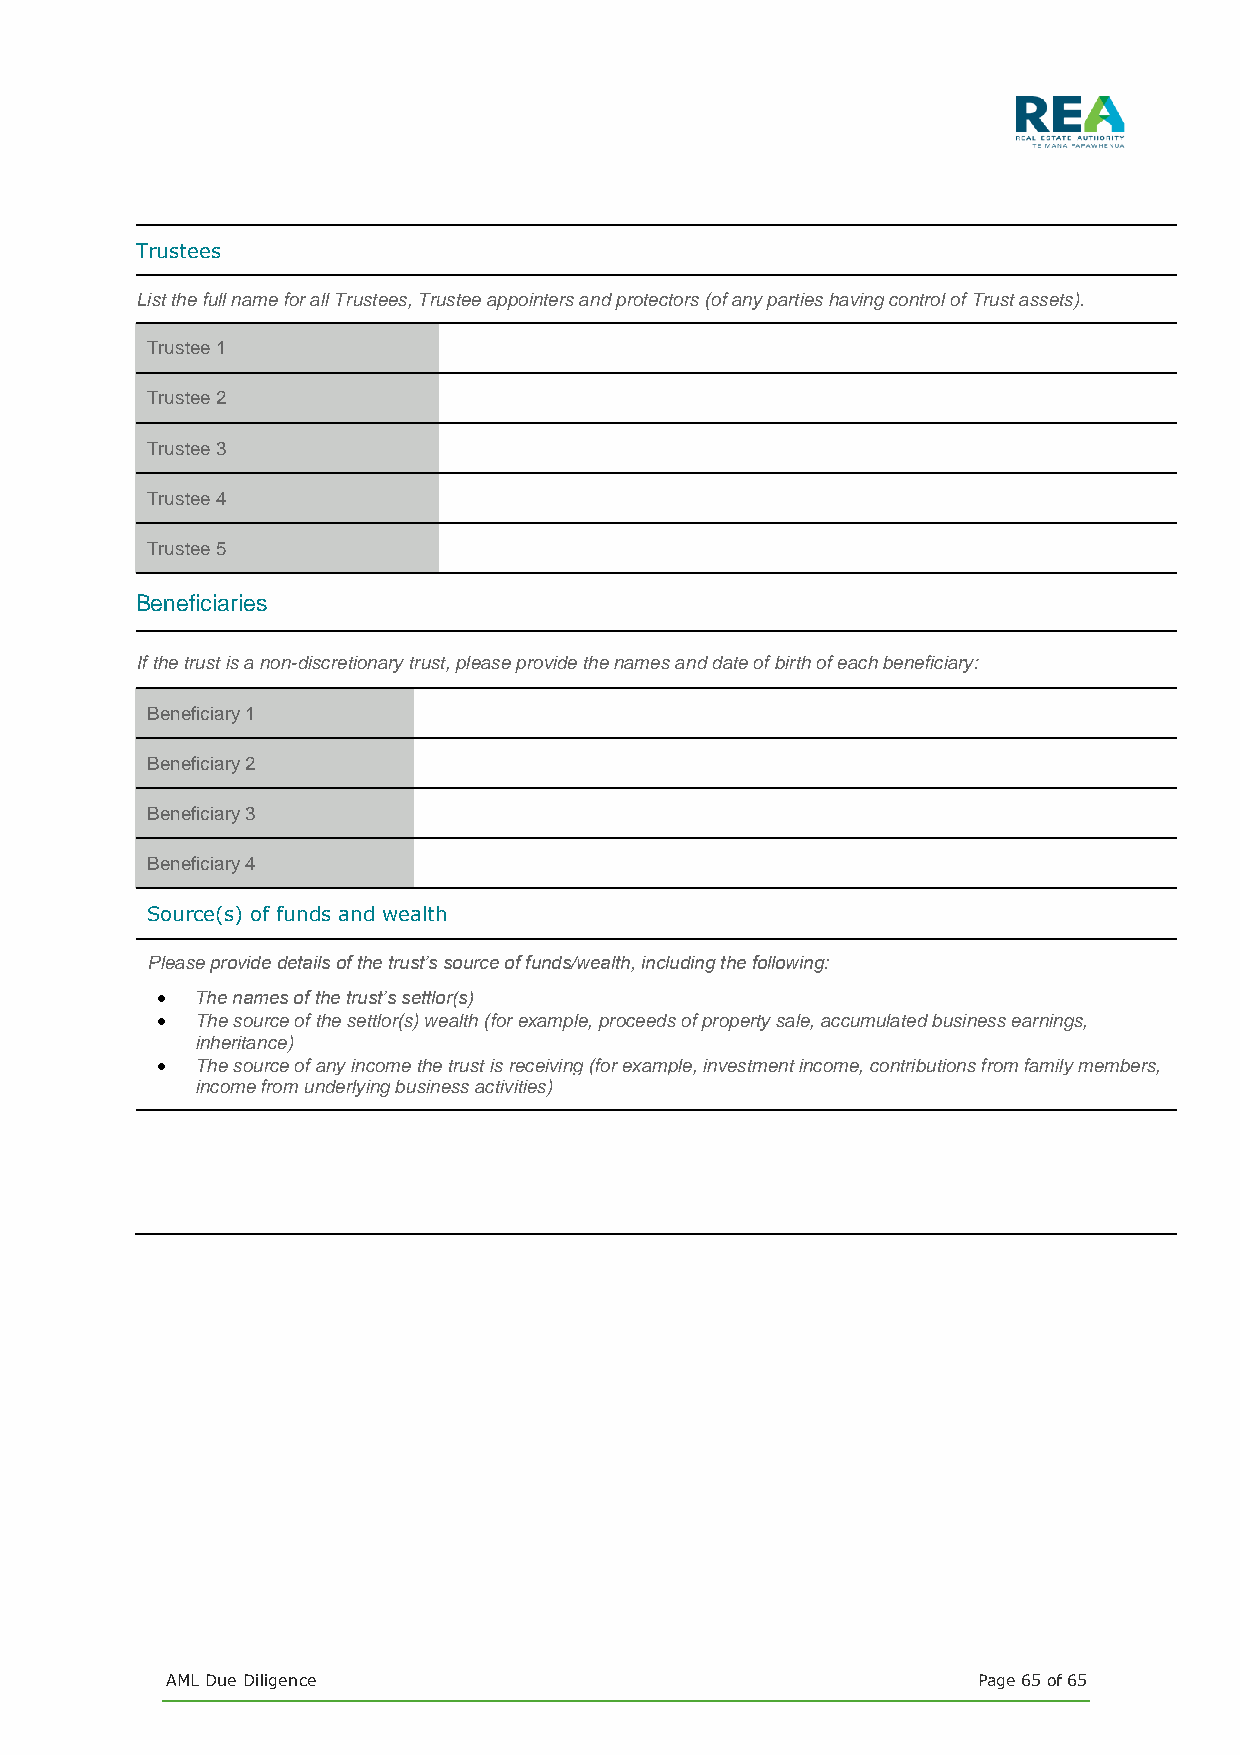
Trustees
 List the full name for all Trustees, Trustee appointers and protectors (of any parties having control of Trust assets).
 Trustee 1
 Trustee 2
 Trustee 3
 Trustee 4
 Trustee 5
 Beneficiaries
 If the trust is a non-discretionary trust, please provide the names and date of birth of each beneficiary:
 Beneficiary 1
 Beneficiary 2
 Beneficiary 3
 Beneficiary 4
 Source(s) of funds and wealth
 Please provide details of the trust’s source of funds/wealth, including the following:
 •  The names of the trust’s settlor(s)
 •  The source of the settlor(s) wealth (for example, proceeds of property sale, accumulated business earnings,
 inheritance)
 •  The source of any income the trust is receiving (for example, investment income, contributions from family members,
 income from underlying business activities)
 AML Due Diligence                                     Page 65 of 65